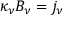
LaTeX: \kappa _ { \nu } B _ { \nu } = j _ { \nu }